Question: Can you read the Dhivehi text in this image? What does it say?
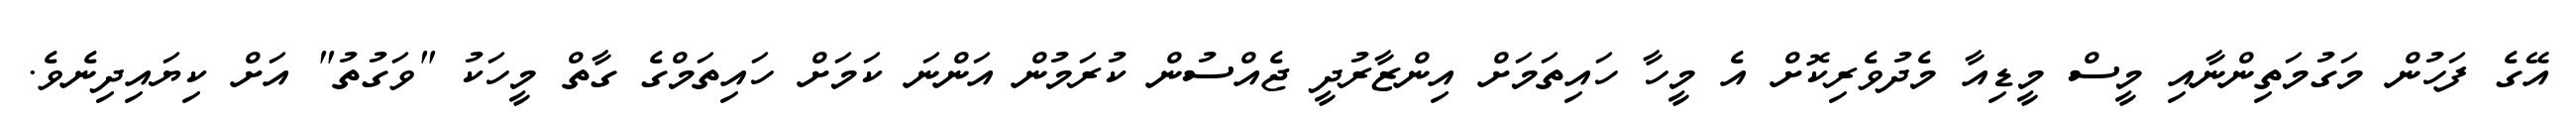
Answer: އޭގެ ފަހުން މަގުމަތިންނާއި މީސް މީޑިއާ މެދުވެރިކޮށް އެ މީހާ ހައިތަމަށް އިންޒާރުދީ ޖެއްސުން ކުރަމުން އަންނަ ކަމަށް ހައިތަމްގެ ގާތް މީހަކު "ވަގުތު" އަށް ކިޔައިދިނެވެ.